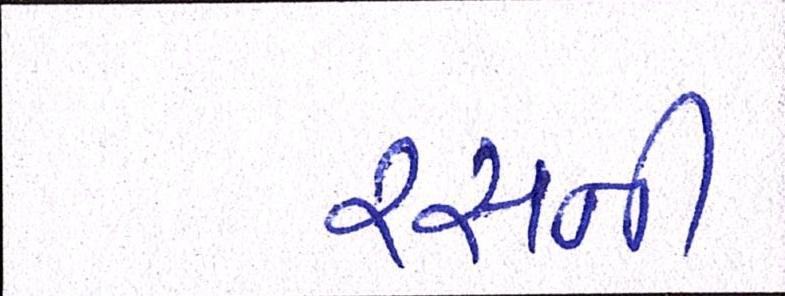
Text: રસની